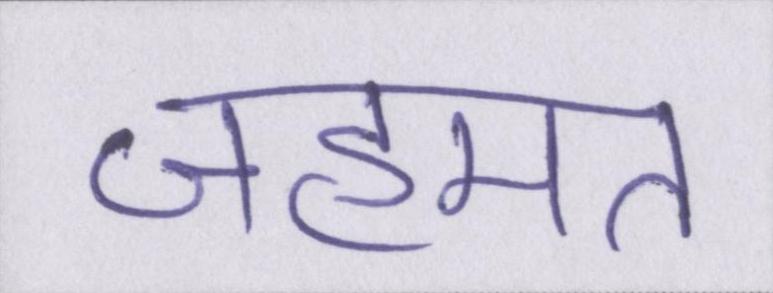
जहमत